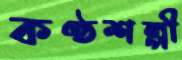
কণ্ঠশল্পী